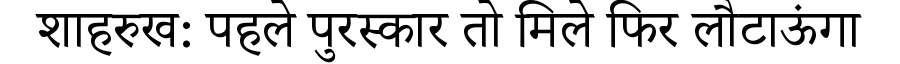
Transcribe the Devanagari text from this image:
शाहरुख: पहले पुरस्कार तो मिले फिर लौटाऊंगा